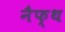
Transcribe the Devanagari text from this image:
नैफ्थ